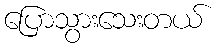
ပြောသွားသေးတယ်